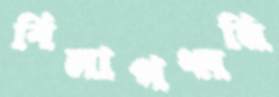
বিলাপধ্বনি